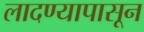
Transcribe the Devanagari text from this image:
लादण्यापासून